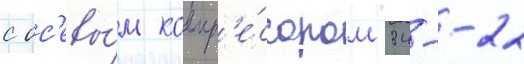
с ос'евы́м компр'е́ссором 34--22